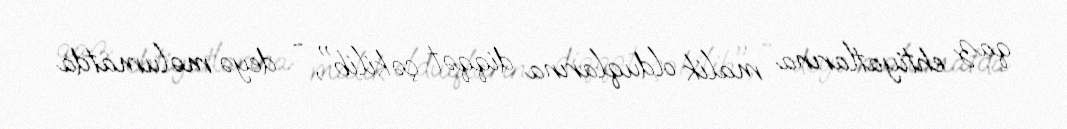
qaz ehtiyatlarına malik olduqlarına diqqət çəkilib", - deyə məlumatda